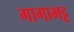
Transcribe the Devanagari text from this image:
गागाभट्ट